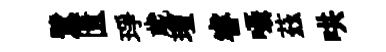
鷺匱琤歲璮睿囁茲哄